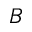
B